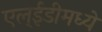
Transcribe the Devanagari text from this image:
एल्ईडीमध्ये